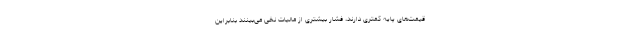
قیمت‌های پایه کمتری دارند، فشار بیشتری از مالیات نخی می‌بینند بنابراین